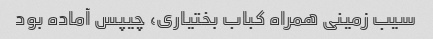
سیب زمینی همراه کباب بختیاری، چیپس آماده بود